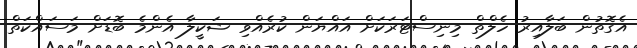
އެގޮތުން ބަލާއިރު ހެލްތް މިނިސްޓަރަކަށް އައްޔަން ކުރެއްވި ޝަކީލާ އެންމެ ބޮޑަށް މަސައްކަތް